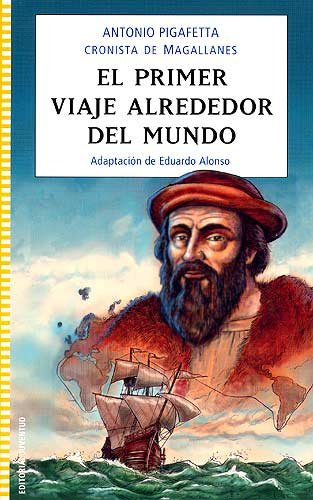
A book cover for El primer viaje alrededor del mundo / The First Voyage Around the World (Juventud) (Spanish Edition); Antonio Pigaffetta; Teen & Young Adult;